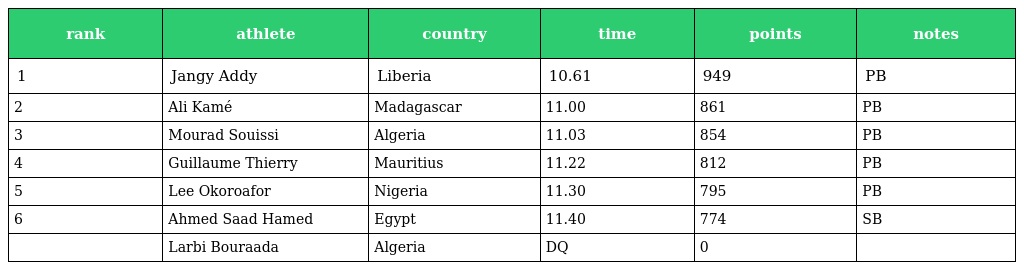
| rank | athlete | country | time | points | notes |
 | --- | --- | --- | --- | --- | --- |
 | 1 | Jangy Addy | Liberia | 10.61 | 949 | PB |
 | 2 | Ali Kamé | Madagascar | 11.00 | 861 | PB |
 | 3 | Mourad Souissi | Algeria | 11.03 | 854 | PB |
 | 4 | Guillaume Thierry | Mauritius | 11.22 | 812 | PB |
 | 5 | Lee Okoroafor | Nigeria | 11.30 | 795 | PB |
 | 6 | Ahmed Saad Hamed | Egypt | 11.40 | 774 | SB |
 |  | Larbi Bouraada | Algeria | DQ | 0 |  |